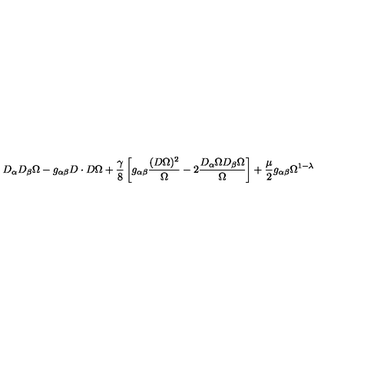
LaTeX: D _ { \alpha } D _ { \beta } \Omega - g _ { \alpha \beta } D \cdot D \Omega + \frac { \gamma } { 8 } \left[ g _ { \alpha \beta } \frac { ( D \Omega ) ^ { 2 } } { \Omega } - 2 \frac { D _ { \alpha } \Omega D _ { \beta } \Omega } { \Omega } \right] + \frac { \mu } { 2 } g _ { \alpha \beta } \Omega ^ { 1 - \lambda }